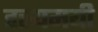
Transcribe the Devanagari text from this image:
हस्यमयी